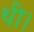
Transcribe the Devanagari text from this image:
थी।